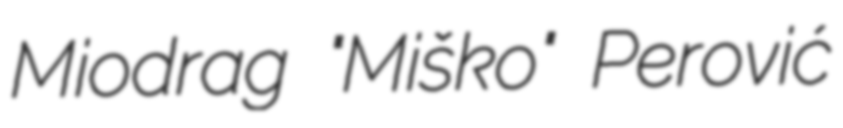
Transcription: Miodrag "Miško" Perović